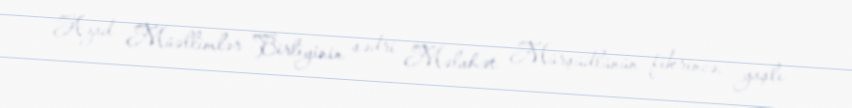
Azad Müəllimlər Birliyinin sədri Məlahət Mürşüdlünün fikrincə, yaşlı